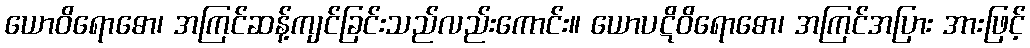
ယောဝိရောဓော၊ အကြင်ဆန့်ကျင်ခြင်းသည်လည်းကောင်း။ ယောပဋိဝိရောဓော၊ အကြင်အပြား အားဖြင့်